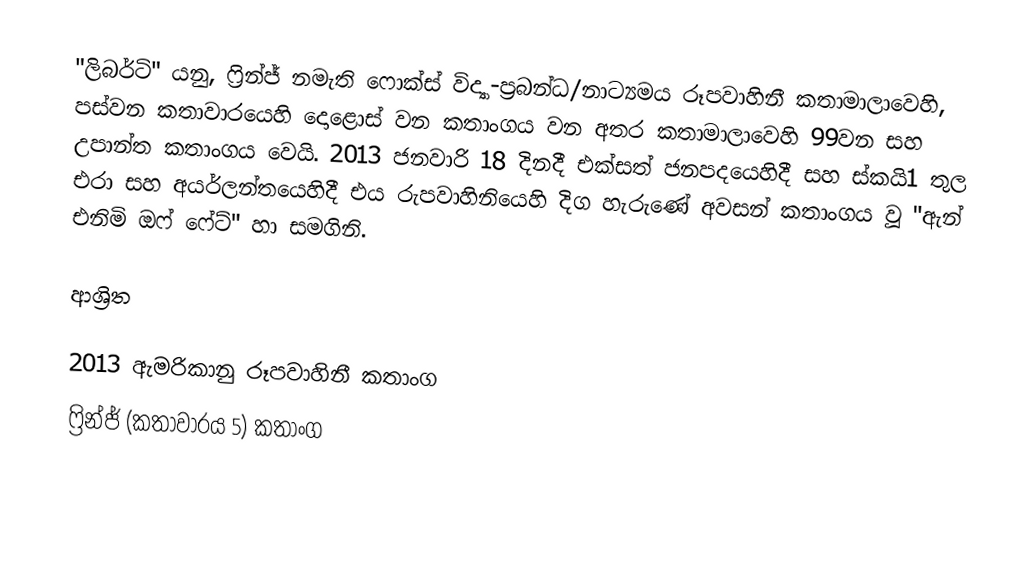
"ලිබර්ටි" යනු,  ෆ්‍රින්ජ් නමැති  ෆොක්ස් විද්‍යා-ප්‍රබන්ධ/නාට්‍යමය රූපවාහිනී කතාමාලාවෙහි, පස්වන කතාවාරයෙහි  දොළොස් වන කතාංගය වන අතර කතාමාලාවෙහි 99වන සහ උපාන්ත කතාංගය වෙයි. 2013 ජනවාරි 18 දිනදී එක්සත් ජනපදයෙහිදී සහ ස්කයි1 තුල එරා සහ අයර්ලන්තයෙහිදී එය රුපවාහිනියෙහි දිග හැරුණේ අවසන් කතාංගය වූ  "ඇන් එනිමි ඔෆ් ෆේට්" හා සමගිනි.

ආශ්‍රිත

2013 ඇමරිකානු රූපවාහිනී කතාංග
ෆ්‍රින්ජ් (කතාවාරය 5) කතාංග